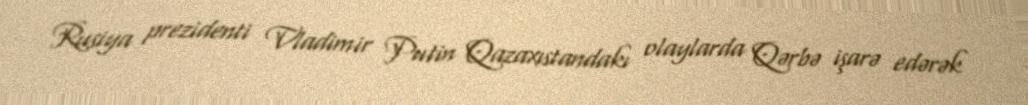
Rusiya prezidenti Vladimir Putin Qazaxıstandakı olaylarda Qərbə işarə edərək